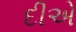
દીએ